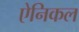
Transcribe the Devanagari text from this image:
ऐनिकल